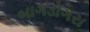
બાગડોગરા